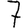
Digit: 7